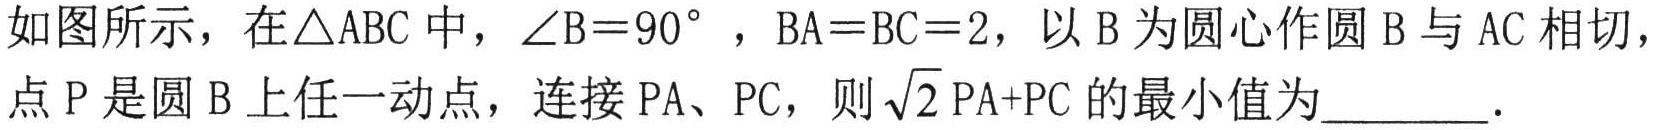
如图所示，在\(\triangle ABC\)中，\(\angle B = 90^{\circ}\) ，\(BA = BC = 2\)，以\(B\)为圆心作圆\(B\)与\(AC\)相切，点\(P\)是圆\(B\)上任一动点，连接\(PA\)、\(PC\)，则\(\sqrt{2}PA + PC\)的最小值为________.